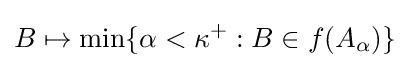
B\mapsto \operatorname {min} \{\alpha <\kappa ^{+}:B\in f(A_{\alpha })\}